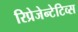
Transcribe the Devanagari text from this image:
रिप्रेजेन्टेटिव्स